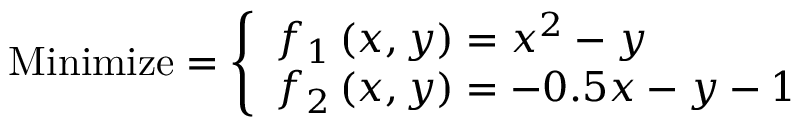
{ \mathrm { M i n i m i z e } } = { \left\{ \begin{array} { l l } { f _ { 1 } \left( x , y \right) = x ^ { 2 } - y } \\ { f _ { 2 } \left( x , y \right) = - 0 . 5 x - y - 1 } \end{array} \right. }